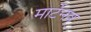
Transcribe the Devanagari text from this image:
मार्टेनव्